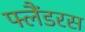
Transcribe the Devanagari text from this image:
फ्लैंडरस